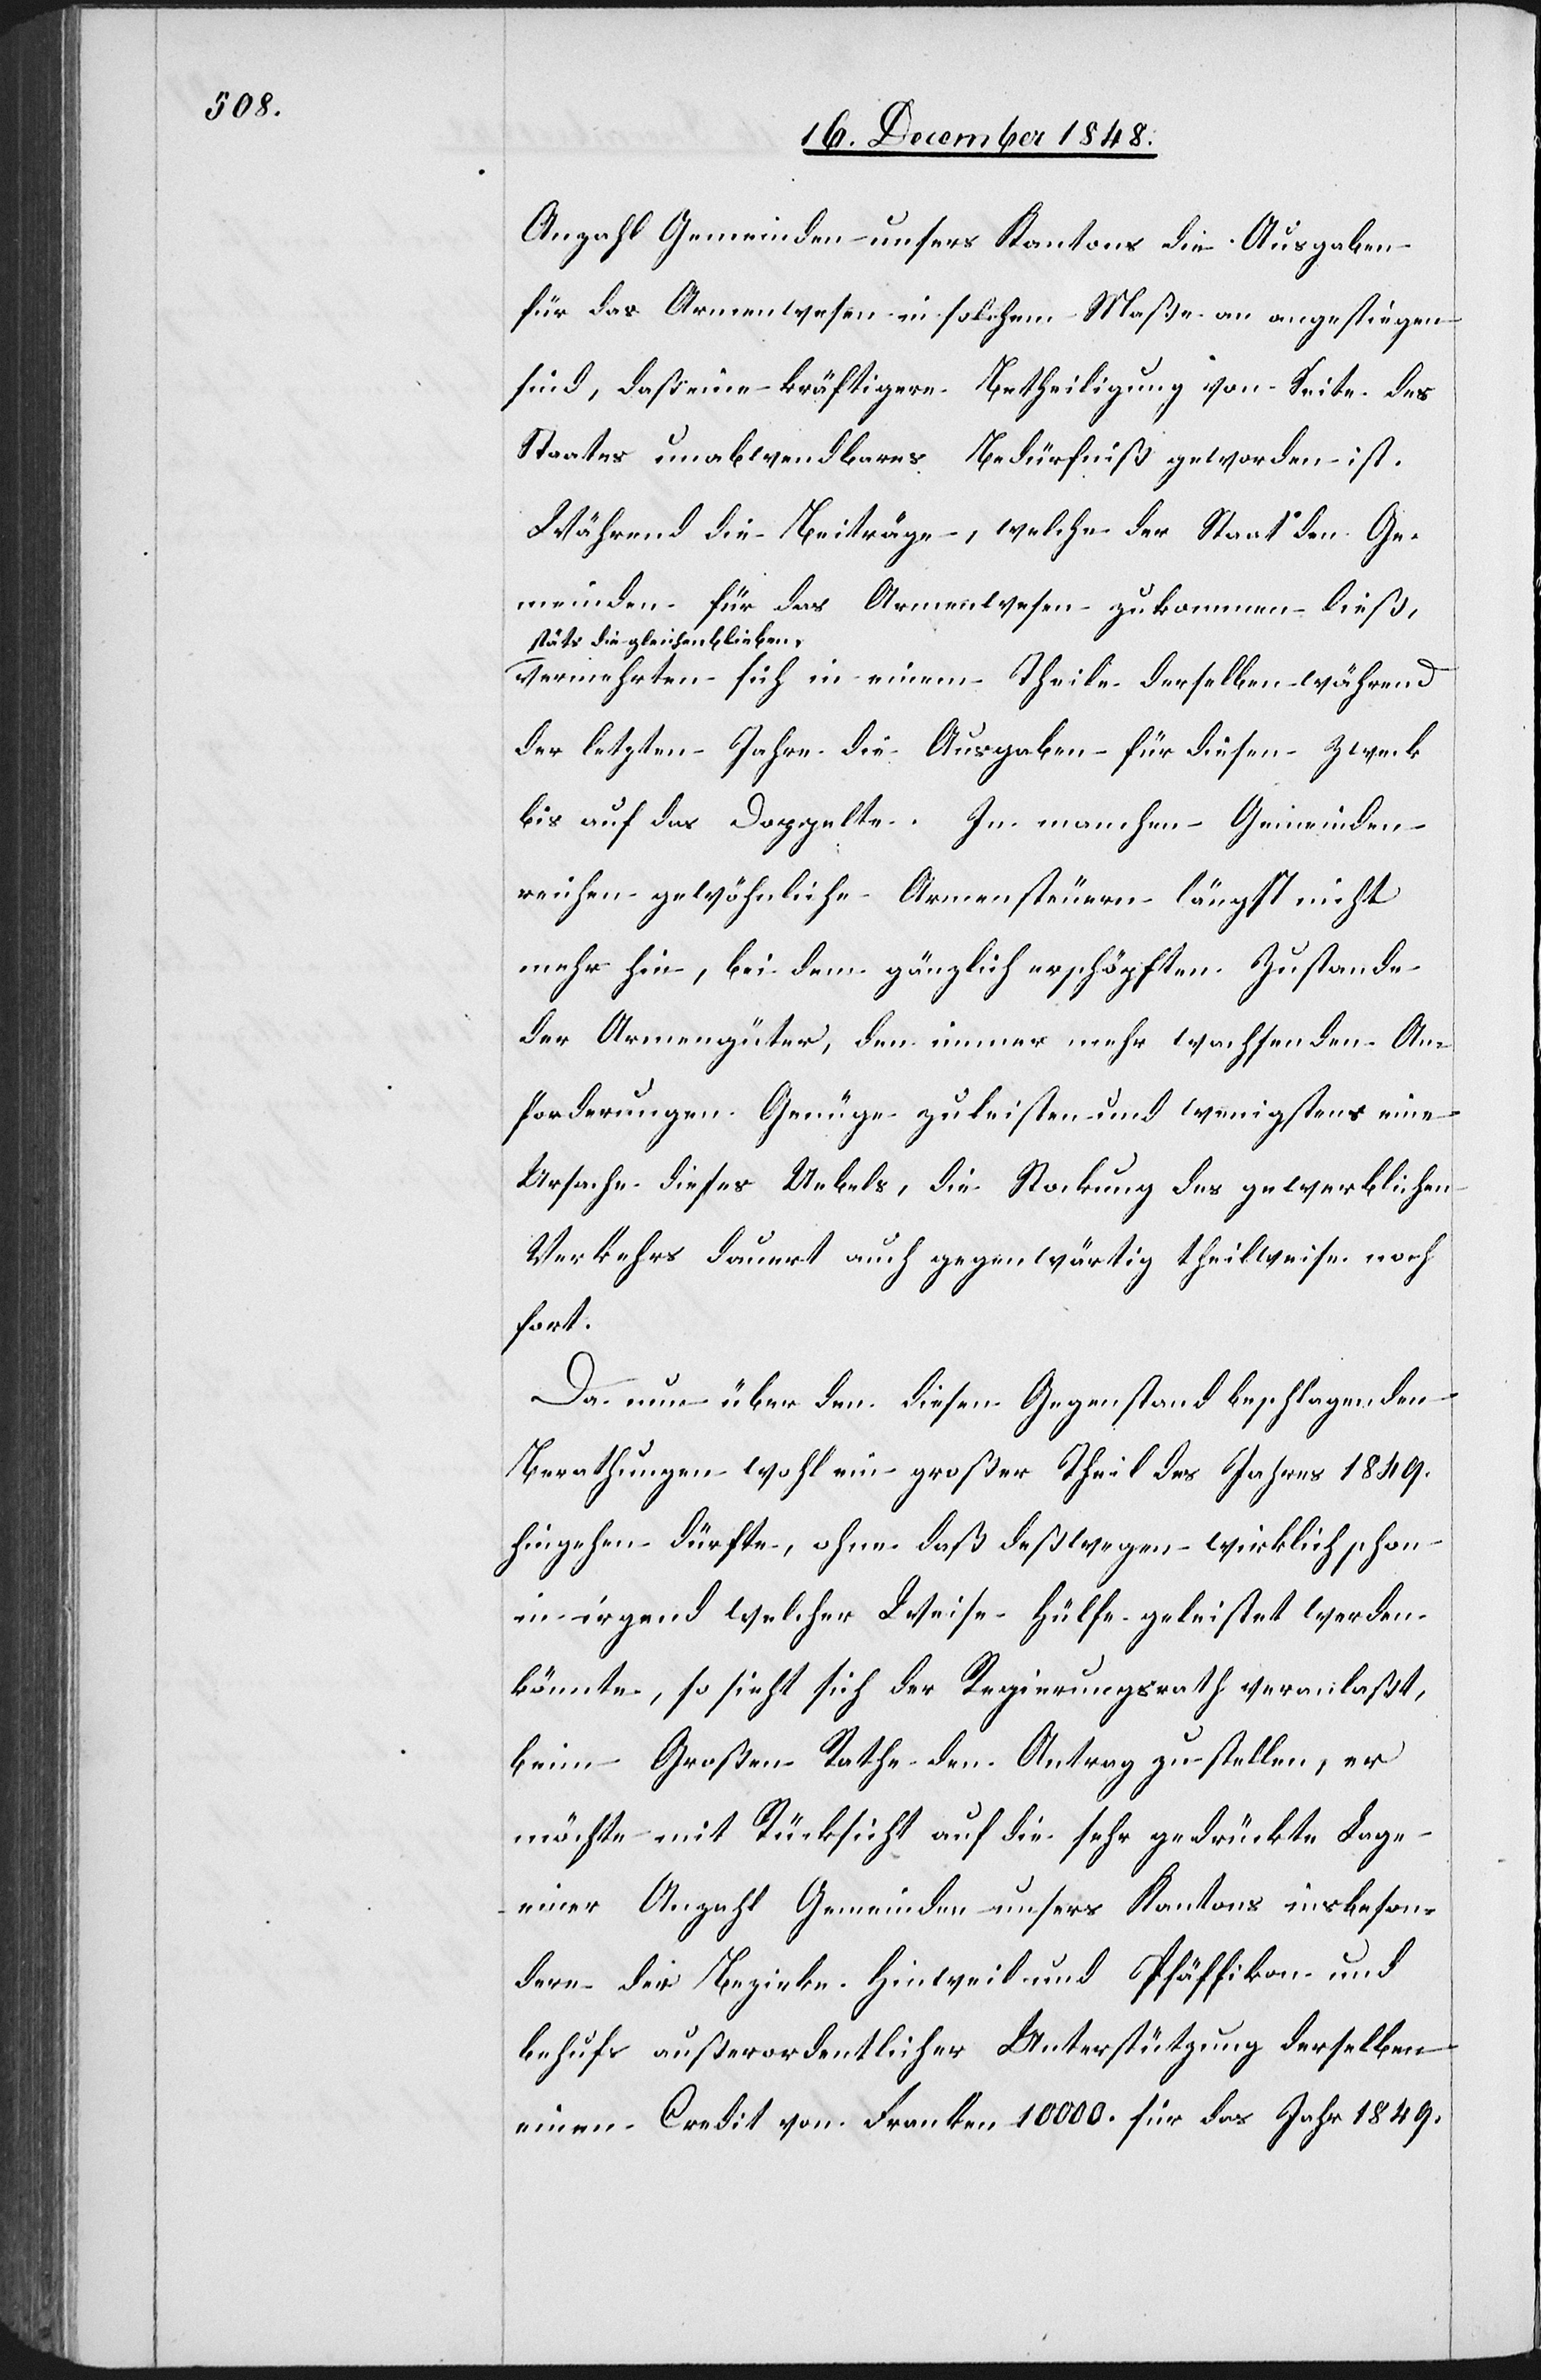
Anzahl Gemeinden unsers Kantons die Ausgaben
für das Armenwesen in solchem Maße an angestiegen
sind, daß eine kräftigere Betheiligung von Seite des
Staates unabwendbares Bedürfniß geworden ist.
Während die Beiträge, welche der Staat den Ge¬
meinden für das Armenwesen zukommen ließ,
stäts die gleichen blieben,
vermehrten sich in einem Theile derselben während
der letzten Jahre die Ausgaben für diesen Zweck
bis auf das Doppelte. In manchen Gemeinden
reichen gewöhnliche Armensteuern längst nicht
mehr hin, bei dem gänzlich erschöpften Zustande
der Armengüter, den immer mehr wachsenden An¬
forderungen Genüge zu leisten und wenigstens eine
Ursache dieses Uebels, die Stockung des gewerblichen
Verkehrs dauert auch gegenwärtig theilweise noch
fort.
Da nun über den diesen Gegenstand beschlagenden
Berathungen wohl ein großer Theil des Jahres 1849.
hingehen dürfte, ohne daß deßwegen wirklich schon
in irgend welcher Weise Hülfe geleistet werden
könnte, so sieht sich der Regierungsrath veranlaßt,
beim Großen Rathe den Antrag zu stellen, er
möchte mit Rücksicht auf die sehr gedrückte Lage
einer Anzahl Gemeinden unsers Kantons insbeson¬
dere der Bezirke Hinweil und Pfäffikon und
behufs außerordentlicher Unterstützung derselben
einen Credit von Franken 10 000. für das Jahr 1849.